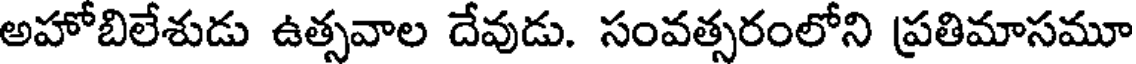
అహోబిలేశుడు ఉత్సవాల దేవుడు. సంవత్సరంలోని ప్రతిమాసమూ